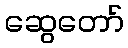
ဆွေတော်